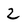
Character: 2